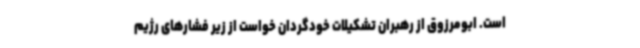
است. ابومرزوق از رهبران تشکیلات خودگردان خواست از زیر فشارهای رژیم